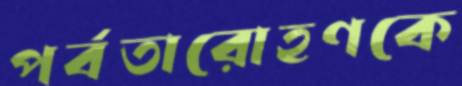
পর্বতারোহণকে